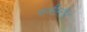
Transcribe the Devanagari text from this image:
फलीस्‍तीन